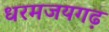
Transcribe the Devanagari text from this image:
धरमजयगढ़